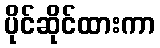
ပိုင်ဆိုင်ထားကာ